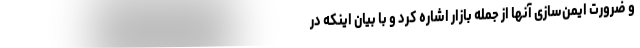
و ضرورت ایمن‌سازی آنها از جمله بازار اشاره کرد و با بیان اینکه در